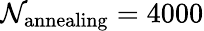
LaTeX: \mathcal{N}_{\mathrm{{annealing}}}=4000